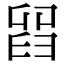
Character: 𦥮